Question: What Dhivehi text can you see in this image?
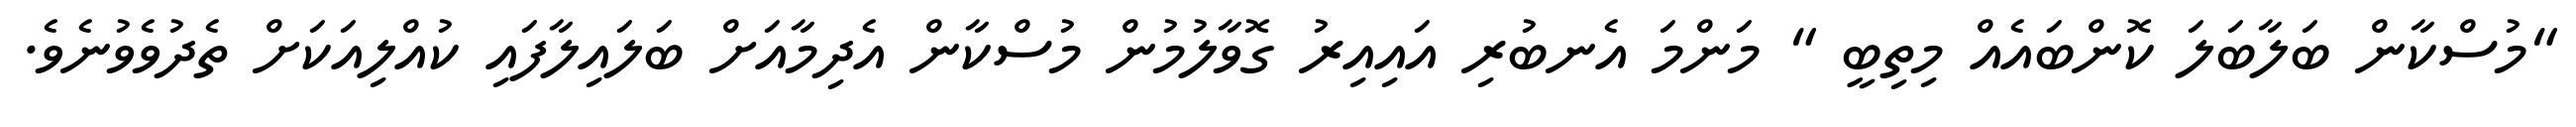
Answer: "މުސްކާން ބަލާބަލަ ކޮންބައެއް މިތިބީ " މަންމަ އެނބުރި އައިއިރު ގޮވާލުމުން މުސްކާން އެދިމާއަށް ބަލައިލާފައި ކުއްލިއަކަށް ތެދުވެވުނެވެ.